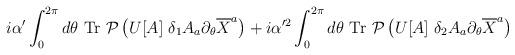
LaTeX: \begin{align*}i\alpha' \int_0^{2\pi} d\theta ~{\rm Tr}~{\cal P} \left( U[A]~\delta_1 A_a \partial_{\theta} \overline{X}^a \right) + i\alpha'^2\int_0^{2\pi} d\theta ~{\rm Tr}~{\cal P} \left( U[A] ~\delta_2 A_a\partial_{\theta} \overline{X}^a \right)\end{align*}